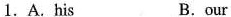
1.A.His B.our